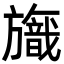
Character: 𣄞